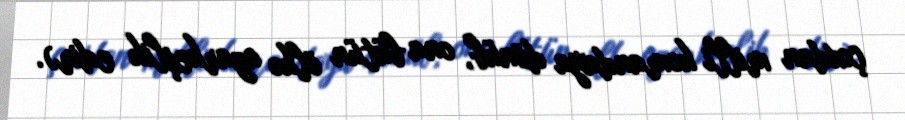
çoxdan milli komandaya dönüb, ona bütün ölkə azarkeşlik edir).